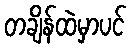
တချိန်ထဲမှာပင်